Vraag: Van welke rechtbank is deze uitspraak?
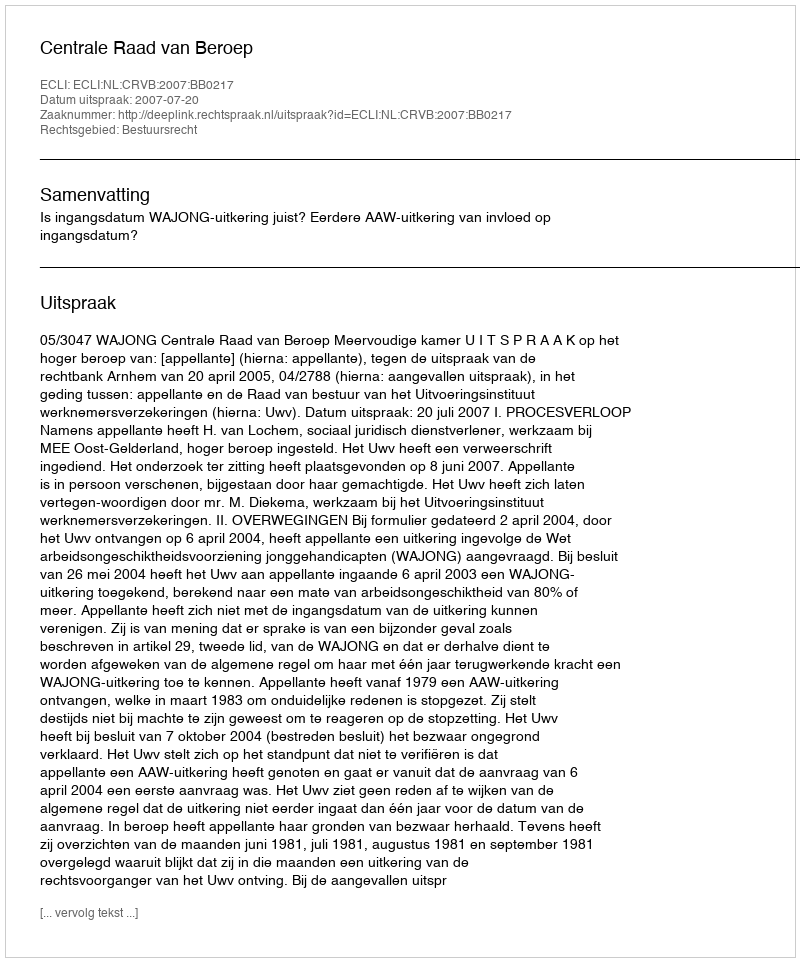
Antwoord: Centrale Raad van Beroep